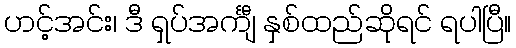
ဟင့်အင်း၊ ဒီ ရှပ်အင်္ကျီ နှစ်ထည်ဆိုရင် ရပါပြီ။